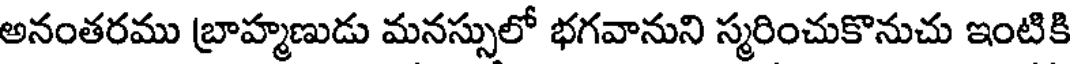
అనంతరము బ్రాహ్మణుడు మనస్సులో భగవానుని స్మరించుకొనుచు ఇంటికి